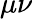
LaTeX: \mu\nu